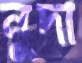
নুদা